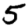
Digit: 5